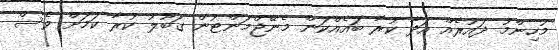
މުހިންމު ދައުރެއް އަދާ ކުރާ ބައެއްކަން މެނޭޖްމަންޓުން ގަބޫލު ކުރާ ކަމަށް ވެސް